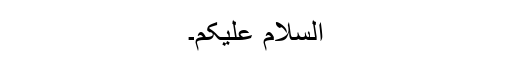
السلام علیکم۔